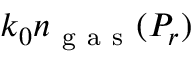
k _ { 0 } n _ { \mathrm { ~ g ~ a ~ s ~ } } ( P _ { r } )